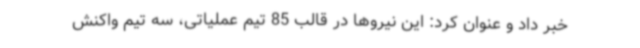
خبر داد و عنوان کرد: این نیروها در قالب 85 تیم عملیاتی، سه تیم واکنش